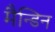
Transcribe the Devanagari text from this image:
मैन्डिन